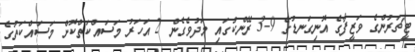
ޓީޗަރުންގެ ވަޒީފާގެ އޮނިގަނޑުގެ 9-3 ރޭންކުގައި މަދުވެގެން 2 އަހަރު މަސައްކަތްކޮށް މަސައްކަތުގެ